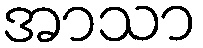
အာသာ